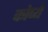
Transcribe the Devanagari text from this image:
कोप्ये